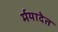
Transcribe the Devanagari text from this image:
र्मयादेत